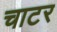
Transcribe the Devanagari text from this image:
चाटर